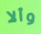
وألا